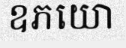
ឧភយោ